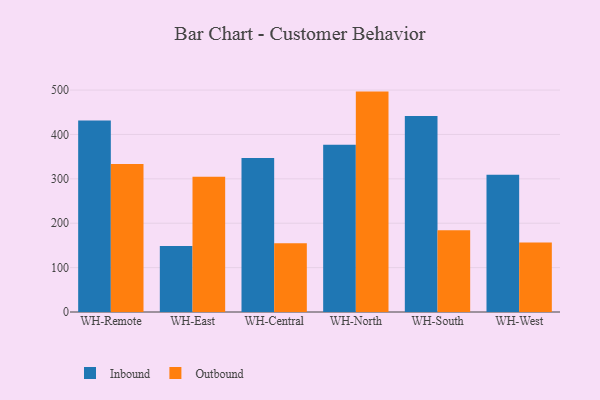
{"axis": {"x": "Warehouse", "y": "Tickets Resolved"}, "legend": ["Inbound", "Outbound"], "data": [{"x": "WH-Remote", "y": 431.6, "type": "Inbound"}, {"x": "WH-Remote", "y": 333.6, "type": "Outbound"}, {"x": "WH-East", "y": 148.9, "type": "Inbound"}, {"x": "WH-East", "y": 304.8, "type": "Outbound"}, {"x": "WH-Central", "y": 346.9, "type": "Inbound"}, {"x": "WH-Central", "y": 154.7, "type": "Outbound"}, {"x": "WH-North", "y": 376.6, "type": "Inbound"}, {"x": "WH-North", "y": 496.5, "type": "Outbound"}, {"x": "WH-South", "y": 441.8, "type": "Inbound"}, {"x": "WH-South", "y": 184.3, "type": "Outbound"}, {"x": "WH-West", "y": 309.4, "type": "Inbound"}, {"x": "WH-West", "y": 156.8, "type": "Outbound"}]}